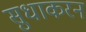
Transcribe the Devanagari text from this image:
सुधाकरन